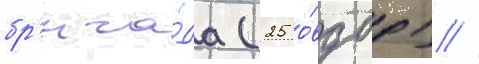
бр'ига́да (25 о́вдбр) //